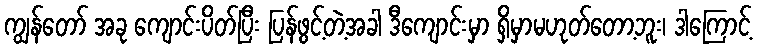
ကျွန်တော် အခု ကျောင်းပိတ်ပြီး ပြန်ဖွင့်တဲ့အခါ ဒီကျောင်းမှာ ရှိမှာမဟုတ်တော့ဘူး၊ ဒါကြောင့်